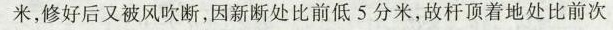
米，修好后又被风吹断，因新断处比前低5分米，故杆顶着地处比前次